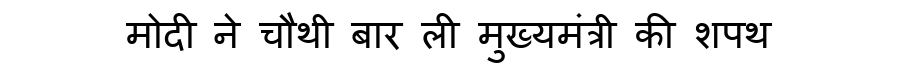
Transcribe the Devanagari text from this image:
मोदी ने चौथी बार ली मुख्यमंत्री की शपथ